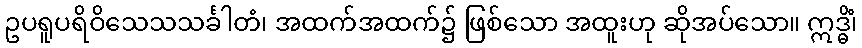
ဥပရူပရိဝိသေသသင်္ခါတံ၊ အထက်အထက်၌ ဖြစ်သော အထူးဟု ဆိုအပ်သော။ ဣဒ္ဓိံ၊